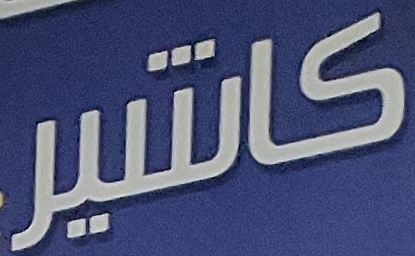
كاشير